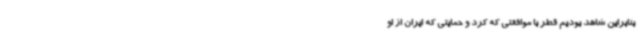
بنابراین شاهد بودیم قطر با موافقتی که کرد و حمایتی که ایران از او